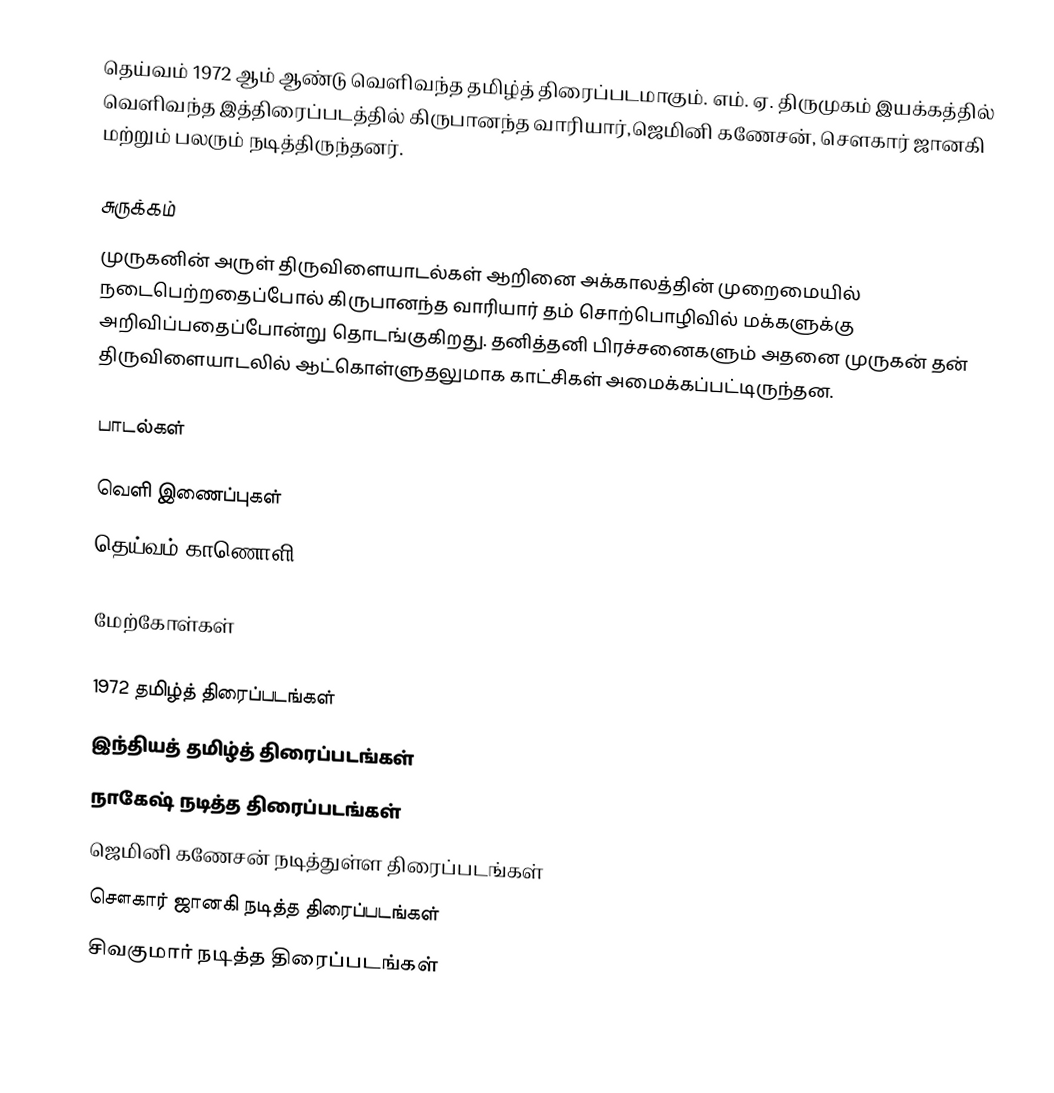
தெய்வம் 1972 ஆம் ஆண்டு வெளிவந்த தமிழ்த் திரைப்படமாகும். எம். ஏ. திருமுகம் இயக்கத்தில் வெளிவந்த இத்திரைப்படத்தில் கிருபானந்த வாரியார்,ஜெமினி கணேசன், சௌகார் ஜானகி மற்றும் பலரும் நடித்திருந்தனர்.

சுருக்கம்
முருகனின் அருள் திருவிளையாடல்கள் ஆறினை அக்காலத்தின் முறைமையில் நடைபெற்றதைப்போல் கிருபானந்த வாரியார் தம் சொற்பொழிவில் மக்களுக்கு அறிவிப்பதைப்போன்று தொடங்குகிறது. தனித்தனி பிரச்சனைகளும் அதனை முருகன் தன் திருவிளையாடலில் ஆட்கொள்ளுதலுமாக காட்சிகள் அமைக்கப்பட்டிருந்தன.

பாடல்கள்

வெளி இணைப்புகள்
 தெய்வம் காணொளி

மேற்கோள்கள்

1972 தமிழ்த் திரைப்படங்கள்
இந்தியத் தமிழ்த் திரைப்படங்கள்
நாகேஷ் நடித்த திரைப்படங்கள்
ஜெமினி கணேசன் நடித்துள்ள திரைப்படங்கள்
சௌகார் ஜானகி நடித்த திரைப்படங்கள்
சிவகுமார் நடித்த திரைப்படங்கள்